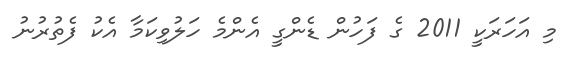
މި އަހަރަކީ 2011 ގެ ފަހުން ޑެންގީ އެންމެ ހަލުވިކަމާ އެކު ފެތުރުނު